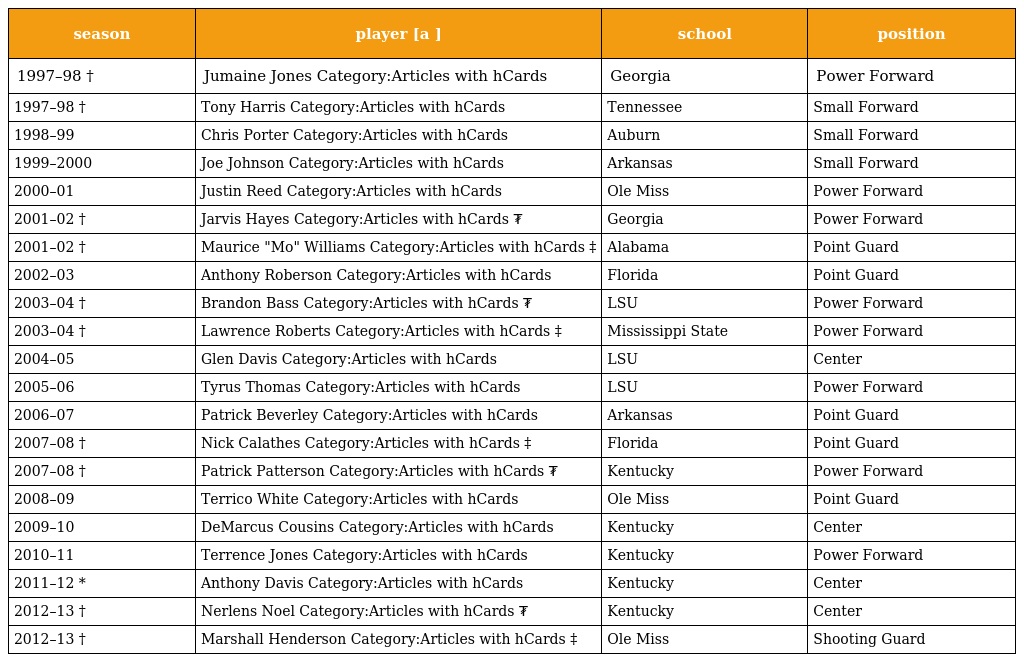
| season | player [a ] | school | position |
 | --- | --- | --- | --- |
 | 1997–98 † | Jumaine Jones Category:Articles with hCards | Georgia | Power Forward |
 | 1997–98 † | Tony Harris Category:Articles with hCards | Tennessee | Small Forward |
 | 1998–99 | Chris Porter Category:Articles with hCards | Auburn | Small Forward |
 | 1999–2000 | Joe Johnson Category:Articles with hCards | Arkansas | Small Forward |
 | 2000–01 | Justin Reed Category:Articles with hCards | Ole Miss | Power Forward |
 | 2001–02 † | Jarvis Hayes Category:Articles with hCards ₮ | Georgia | Power Forward |
 | 2001–02 † | Maurice "Mo" Williams Category:Articles with hCards ‡ | Alabama | Point Guard |
 | 2002–03 | Anthony Roberson Category:Articles with hCards | Florida | Point Guard |
 | 2003–04 † | Brandon Bass Category:Articles with hCards ₮ | LSU | Power Forward |
 | 2003–04 † | Lawrence Roberts Category:Articles with hCards ‡ | Mississippi State | Power Forward |
 | 2004–05 | Glen Davis Category:Articles with hCards | LSU | Center |
 | 2005–06 | Tyrus Thomas Category:Articles with hCards | LSU | Power Forward |
 | 2006–07 | Patrick Beverley Category:Articles with hCards | Arkansas | Point Guard |
 | 2007–08 † | Nick Calathes Category:Articles with hCards ‡ | Florida | Point Guard |
 | 2007–08 † | Patrick Patterson Category:Articles with hCards ₮ | Kentucky | Power Forward |
 | 2008–09 | Terrico White Category:Articles with hCards | Ole Miss | Point Guard |
 | 2009–10 | DeMarcus Cousins Category:Articles with hCards | Kentucky | Center |
 | 2010–11 | Terrence Jones Category:Articles with hCards | Kentucky | Power Forward |
 | 2011–12 * | Anthony Davis Category:Articles with hCards | Kentucky | Center |
 | 2012–13 † | Nerlens Noel Category:Articles with hCards ₮ | Kentucky | Center |
 | 2012–13 † | Marshall Henderson Category:Articles with hCards ‡ | Ole Miss | Shooting Guard |